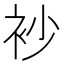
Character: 𧘡